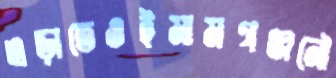
এড়াতেওইমামগঞ্জনৌ